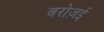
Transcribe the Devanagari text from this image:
बरोज़ई